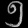
Digit: ၅